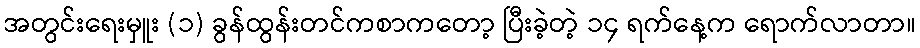
အတွင်းရေးမှူး (၁) ခွန်ထွန်းတင်ကစာကတော့ ပြီးခဲ့တဲ့ ၁၄ ရက်နေ့က ရောက်လာတာ။